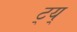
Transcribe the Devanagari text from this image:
ट्य्